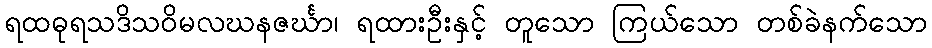
ရထဓုရသဒိသဝိမလဃနဇင်္ဃာ၊ ရထားဦးနှင့် တူသော ကြယ်သော တစ်ခဲနက်သော